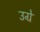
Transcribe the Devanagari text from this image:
उग्रे